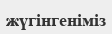
жүгінгеніміз